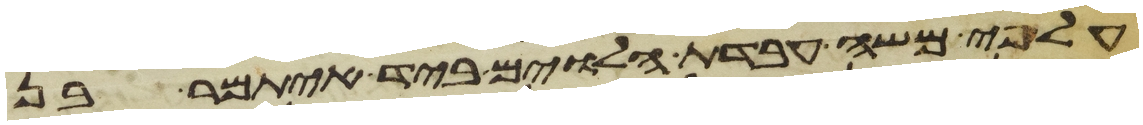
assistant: על פי משה עבדת הלוים ביד איתמר בן